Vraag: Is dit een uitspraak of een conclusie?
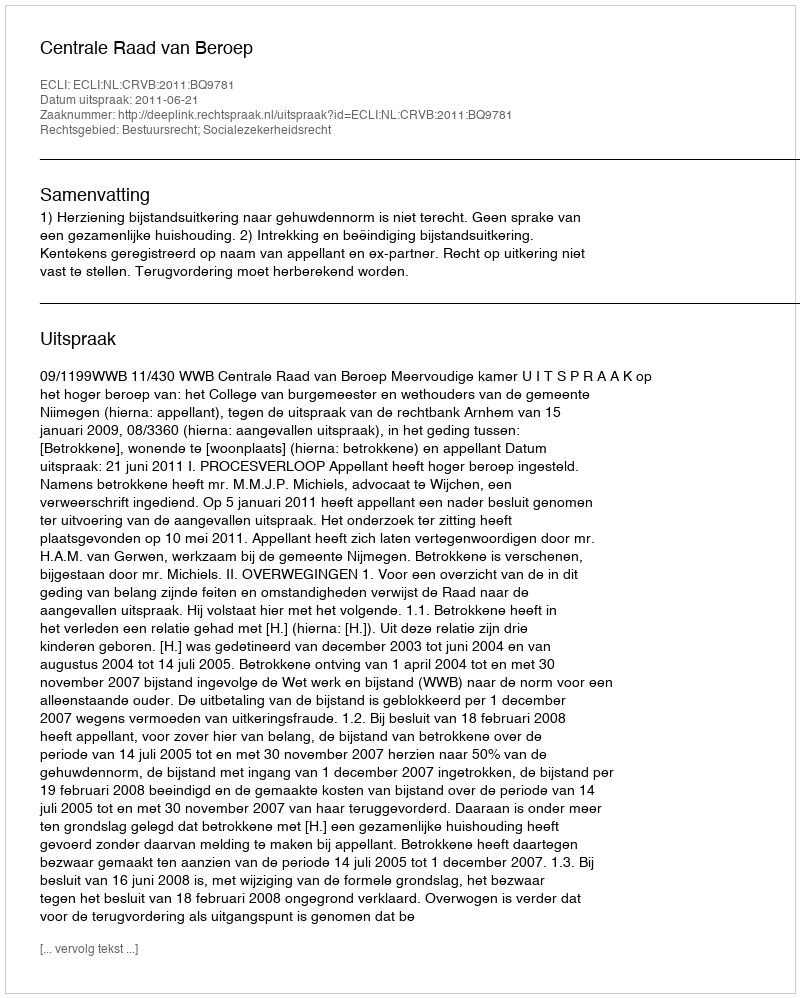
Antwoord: Uitspraak